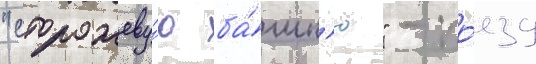
"сторожеву́ю ба́шн'ю" - по́езд